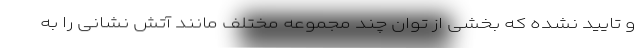
و تایید نشده که بخشی از توان چند مجموعه مختلف مانند آتش نشانی را به